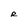
Character: R